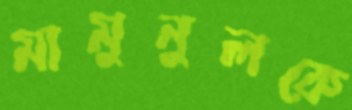
মামুনুলকে